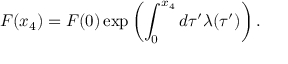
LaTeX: F ( x _ { 4 } ) = F ( 0 ) \exp \left( \int _ { 0 } ^ { x _ { 4 } } d \tau ^ { \prime } \lambda ( \tau ^ { \prime } ) \right) .